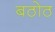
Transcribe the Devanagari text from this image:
बठोठ